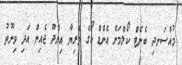
މުއްސަނދި ބެނެޓް ކޯލްމަން އެންޑް ކޯގެ ވެރިޔާ އިންދޫ ޖެއިން އަދި ވިނޫތު